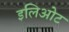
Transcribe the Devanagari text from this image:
इलिओट